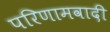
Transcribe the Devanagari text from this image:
परिणामवादी